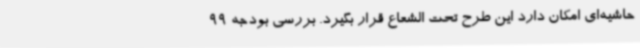
حاشیه‌ای امکان دارد این طرح تحت الشعاع قرار بگیرد. بررسی بودجه 99